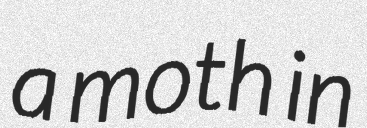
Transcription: a moth in